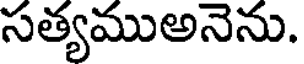
సత్యముఅనెను.